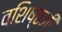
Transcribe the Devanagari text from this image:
वशिष्ठजी